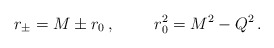
\begin{align*}r_{\pm}= M \pm r_{0}\, ,\hspace{1cm}r_{0}^{2} =M^{2}-Q^{2}\, .\end{align*}